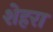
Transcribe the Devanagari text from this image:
शेहरा